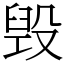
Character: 毁